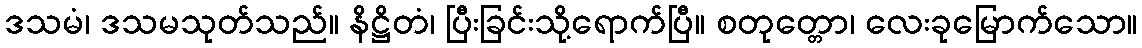
ဒသမံ၊ ဒသမသုတ်သည်။ နိဋ္ဌိတံ၊ ပြီးခြင်းသို့ရောက်ပြီ။ စတုတ္တော၊ လေးခုမြောက်သော။